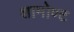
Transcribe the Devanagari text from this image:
शामोण्ट